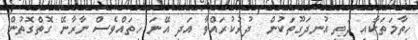
ހިތާމަތަކާއި ދަތި އުނދަގޫތަކުން  ދުރުކުރައްވާ އަދި އޭނަ ހިތައްވެސް ނާރާނޭ ގޮތްގޮތުން